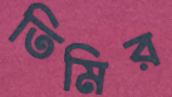
তিমির